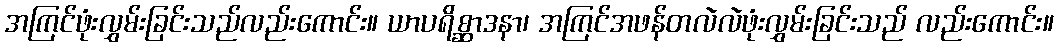
အကြင်ဖုံးလွှမ်းခြင်းသည်လည်းကောင်း။ ယာပရိစ္ဆာဒနာ၊ အကြင်အဖန်တလဲလဲဖုံးလွှမ်းခြင်းသည် လည်းကောင်း။